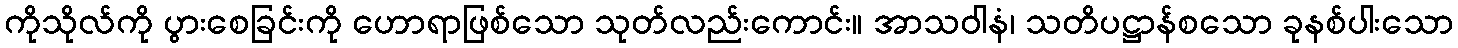
ကိုသိုလ်ကို ပွားစေခြင်းကို ဟောရာဖြစ်သော သုတ်လည်းကောင်း။ အာသဝါနံ၊ သတိပဋ္ဌာန်စသော ခုနစ်ပါးသော